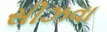
સીઝવા